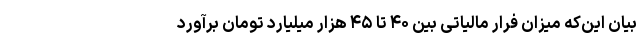
بیان این‌که میزان فرار مالیاتی بین ۴۰ تا ۴۵ هزار میلیارد تومان برآورد